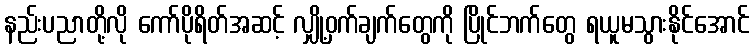
နည်းပညာတို့လို ကော်ပိုရိတ်အဆင့် လျှို့ဝှက်ချက်တွေကို ပြိုင်ဘက်တွေ ရယူမသွားနိုင်အောင်